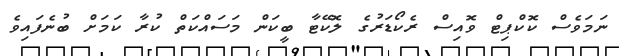
ނަމަވެސް ކޮކްޕިޓް ވޮއިސް ރެކޯޑަރުގެ ލޮކޭޓާ ބީކަން މަސައްކަތް ކުރާ ކަމަށް ބުނެފައިވެ